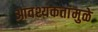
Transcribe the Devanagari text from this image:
आवश्यकतांमुळे